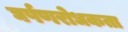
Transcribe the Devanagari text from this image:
घर्षणरोधकता